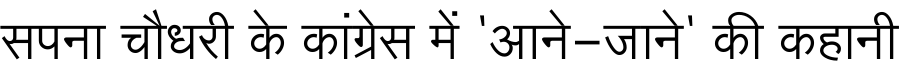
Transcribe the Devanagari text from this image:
सपना चौधरी के कांग्रेस में 'आने-जाने' की कहानी